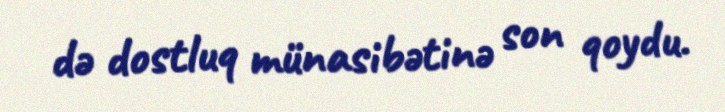
də dostluq münasibətinə son qoydu.